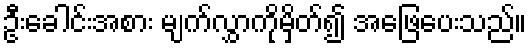
ဦးခေါင်းအစား မျက်လွှာကိုမှိတ်၍ အဖြေပေးသည်။